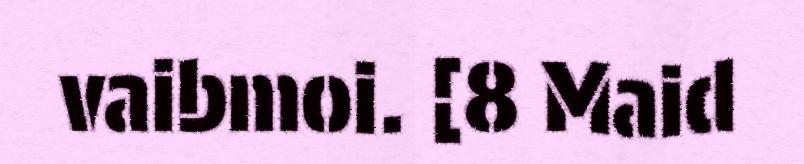
vaibmoi. [8 Maid